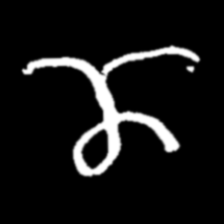
Pyu character \u2014 Myanmar letter: ဏ (romanized: nna)